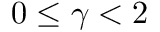
0 \leq \gamma < 2